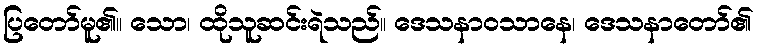
ပြတော်မူ၏။ သော၊ ထိုသူဆင်းရဲသည်။ ဒေသနာဝသာနေ၊ ဒေသနာတော်၏